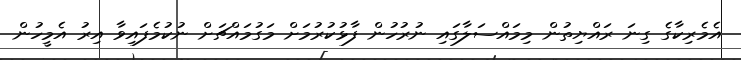
އެމެރިކާގެ ގިނަ ރައްޔިތުން މިމައްސަލާގައި ނުރުހުން ފާޅުކުރުމަށް މަގުމައްޗަށް ނުކުމެފައިވާ އިރު އެމީހުން